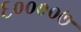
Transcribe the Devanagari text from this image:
६००००७